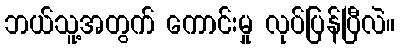
ဘယ်သူ့အတွက် ကောင်းမှု လုပ်ပြန်ပြီလဲ။